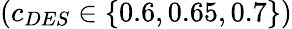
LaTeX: \left(c_{DES}\in\{ 0.6,0.65,0.7\} \right)